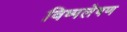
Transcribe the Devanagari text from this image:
विष्पलेषण